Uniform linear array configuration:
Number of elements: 4
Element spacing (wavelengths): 0.75
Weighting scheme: cosine
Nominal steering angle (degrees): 15
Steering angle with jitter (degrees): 16.482
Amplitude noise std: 0.05
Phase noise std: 0.05

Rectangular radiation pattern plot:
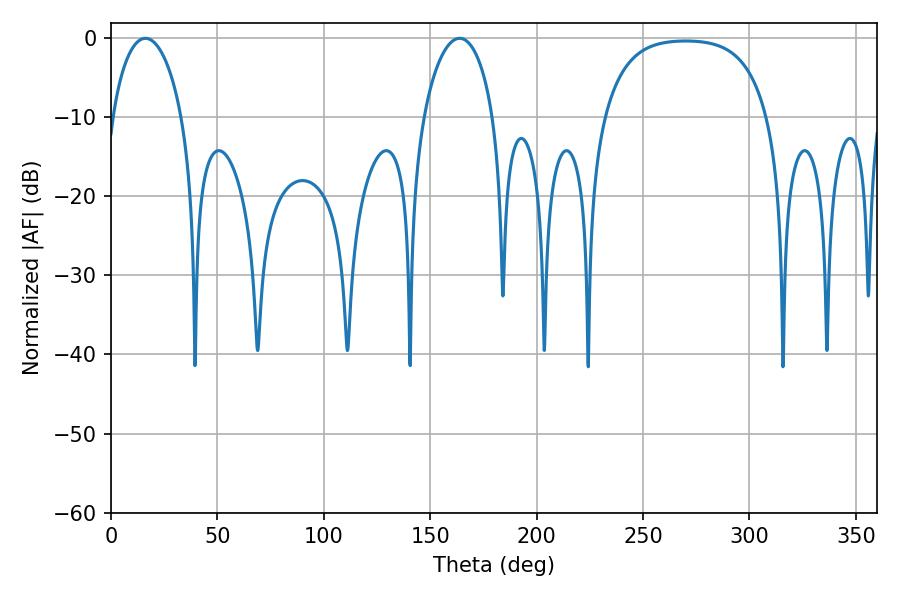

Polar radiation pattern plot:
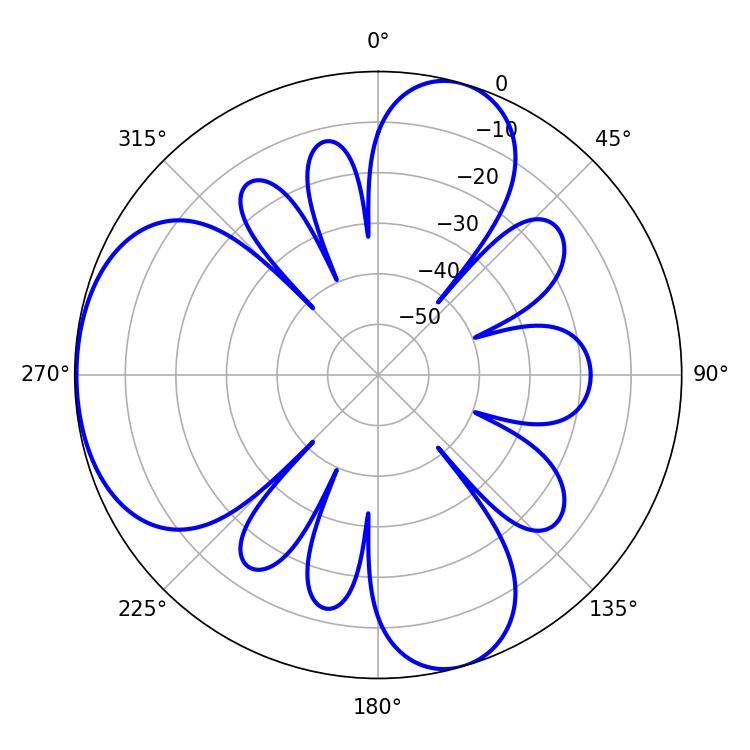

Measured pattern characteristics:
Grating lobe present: TRUE
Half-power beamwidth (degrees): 18.72
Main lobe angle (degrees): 16.2